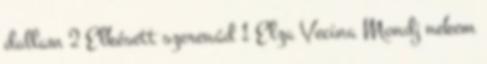
dallam 2 Elkésett szerenád 1 Elza Vecina Mondj nekem